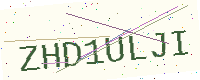
Text: ZHD1ULJI